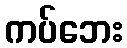
ကပ်ဘေး